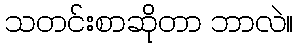
သတင်းစာဆိုတာ ဘာလဲ။